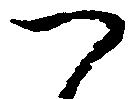
へ